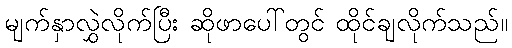
မျက်နှာလွှဲလိုက်ပြီး ဆိုဖာပေါ်တွင် ထိုင်ချလိုက်သည်။